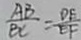
\frac { A B } { B C } = \frac { D E } { E F }